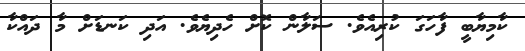
ކާމިޔާބީ ފާހަގަ ކުރިއެވެ. ސަލާން ކޮށް ހެދިޔެވެ. އަދި ކަނޑަށް މާ ދައްކާ